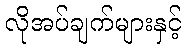
လိုအပ်ချက်များနှင့်